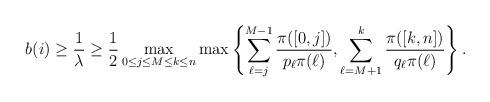
LaTeX: \begin{align*} b(i)\ge\frac{1}{\lambda}\ge\frac{1}{2}\max_{0\le j\le M\le k\le n}\max\left\{\sum_{\ell=j}^{M-1}\frac{\pi([0,j])}{p_\ell\pi(\ell)}, \sum_{\ell=M+1}^k\frac{\pi([k,n])}{q_\ell\pi(\ell)}\right\}.\end{align*}